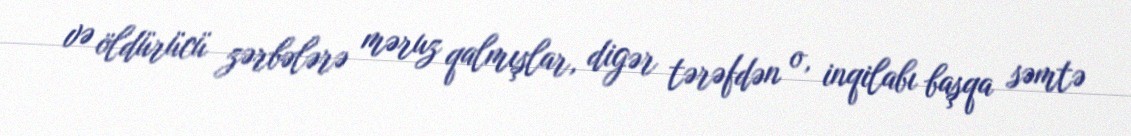
və öldürücü zərbələrə məruz qalmışlar, digər tərəfdən o, inqilabı başqa səmtə